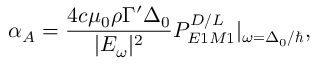
\alpha _ { A } = \frac { 4 c \mu _ { 0 } \rho \Gamma ^ { \prime } \Delta _ { 0 } } { | E _ { \omega } | ^ { 2 } } P _ { E 1 M 1 } ^ { D / L } | _ { \omega = \Delta _ { 0 } / \hbar } ,